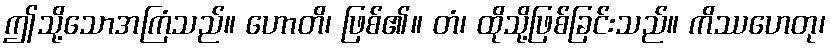
ဤသို့သောအကြံသည်။ ဟောတိ၊ ဖြစ်၏။ တံ၊ ထိုသို့ဖြစ်ခြင်းသည်။ ကိဿဟေတု၊